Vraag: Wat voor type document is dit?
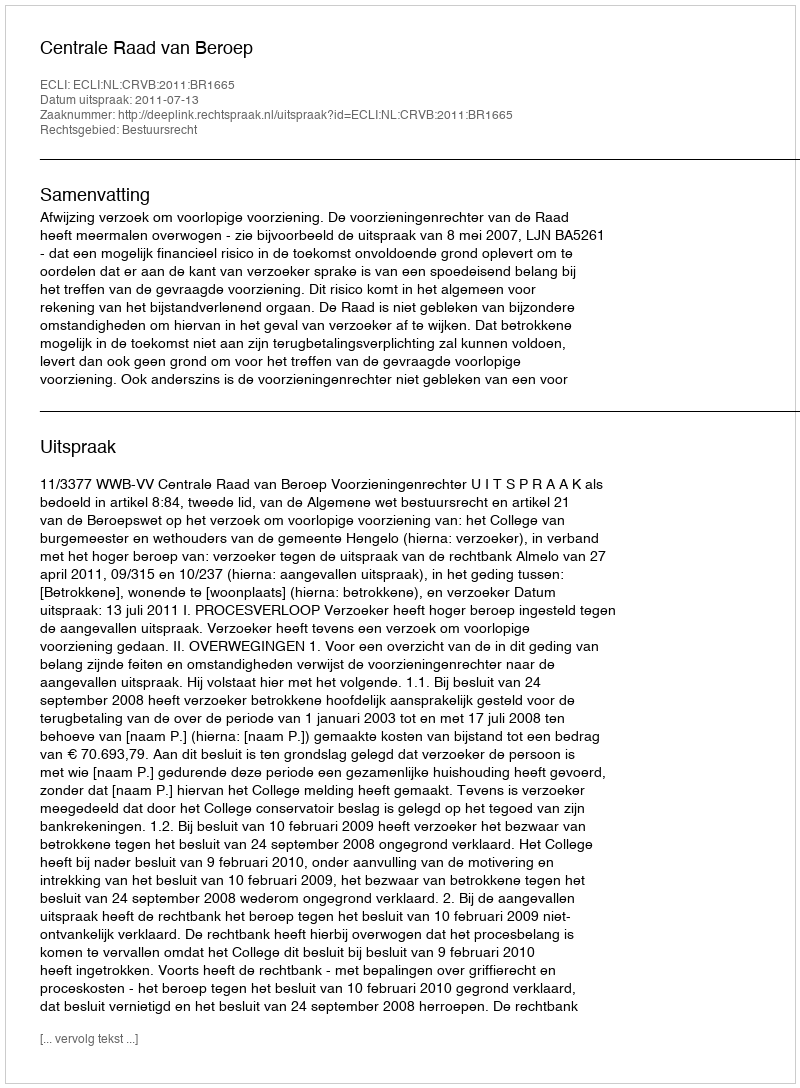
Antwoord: Uitspraak